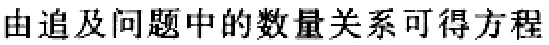
由追及问题中的数量关系可得方程